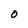
Character: O